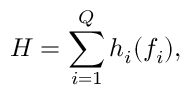
H = \sum _ { i = 1 } ^ { Q } h _ { i } ( f _ { i } ) ,